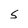
Character: S